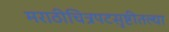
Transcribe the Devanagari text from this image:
मराठीचित्रपटसृष्टीतल्या